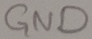
Text: GND